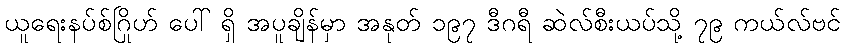
ယူရေးနပ်စ်ဂြိုဟ် ပေါ် ရှိ အပူချိန်မှာ အနုတ် ၁၉၇ ဒီဂရီ ဆဲလ်စီးယပ်သို့ ၇၉ ကယ်လ်ဗင်